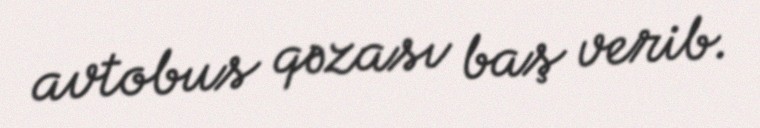
avtobus qəzası baş verib.